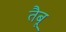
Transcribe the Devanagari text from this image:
तैबू